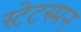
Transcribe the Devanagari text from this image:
स्टेटस्मन